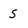
Character: S